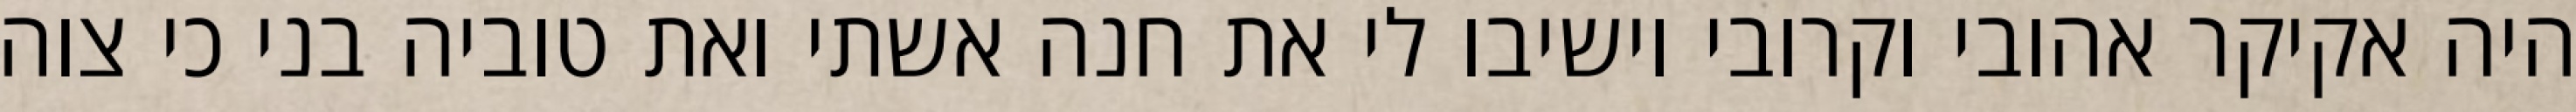
היה אקיקר אהובי וקרובי וישיבו לי את חנה אשתי ואת טוביה בני כי צוה